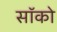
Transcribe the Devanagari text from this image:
सॉको